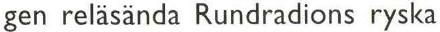
gen reläsända Rundradions ryska